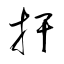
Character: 扞